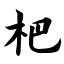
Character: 杷